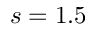
s = 1 . 5